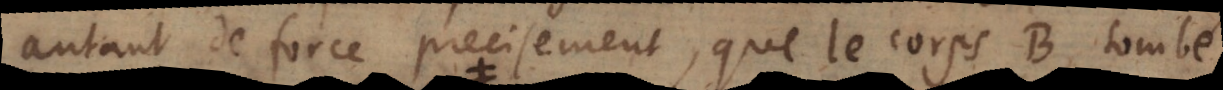
autant de force precisement, que le corps B tombé